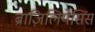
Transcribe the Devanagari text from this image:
ब्राज़िलियेसिंस